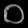
Digit: ၀